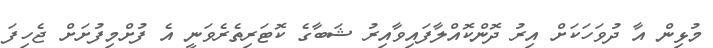
މުޅިން އާ ދުވަހަކަށް އިރު ދޮންކޮއްލާފައިވާއިރު ޝަބާގެ ކޮޓަރިތެރެވަނީ އެ ފުށްމިފުށަށް ޖެހިފަ